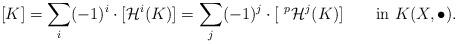
LaTeX: \begin{align*}[K]=\sum_{i}(-1)^i\cdot [\mathcal H^i(K)]=\sum_{j}(-1)^j\cdot [~^p\mathcal H^j(K)]\qquad{\rm in}~K(X,\bullet).\end{align*}